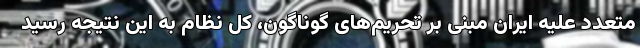
متعدد علیه ایران مبنی بر تحریم‌های گوناگون، کل نظام به این نتیجه رسید